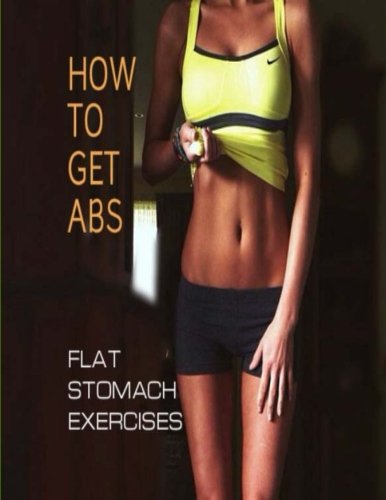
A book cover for How To Get Abs: Flat Stomach Exercises (Flat Abs) (Volume 1); Oswin Dacosta; Health, Fitness & Dieting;